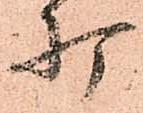
打